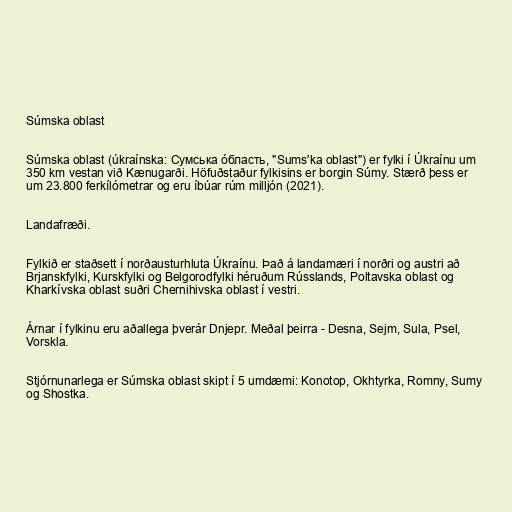
Súmska oblast

Súmska oblast (úkraínska: Сумська о́бласть, "Sums'ka oblast") er fylki í Úkraínu um
350 km vestan við Kænugarði. Höfuðstaður fylkisins er borgin Súmy. Stærð þess er
um 23.800 ferkílómetrar og eru íbúar rúm milljón (2021).

Landafræði.

Fylkið er staðsett í norðausturhluta Úkraínu. Það á landamæri í norðri og austri að
Brjanskfylki, Kurskfylki og Belgorodfylki héruðum Rússlands, Poltavska oblast og
Kharkívska oblast suðri Chernihivska oblast í vestri.

Árnar í fylkinu eru aðallega þverár Dnjepr. Meðal þeirra - Desna, Sejm, Sula, Psel,
Vorskla.

Stjórnunarlega er Súmska oblast skipt í 5 umdæmi: Konotop, Okhtyrka, Romny, Sumy
og Shostka.